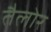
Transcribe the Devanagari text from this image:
तैलोर